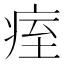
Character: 痓